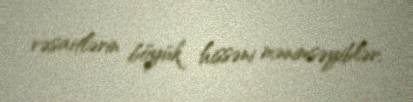
vəsaitlərin böyük hissəni mənimsəyiblər.